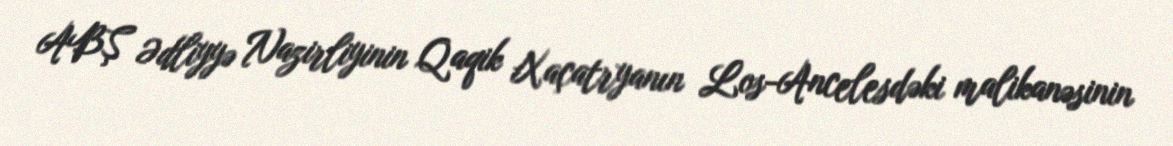
ABŞ Ədliyyə Nazirliyinin Qaqik Xaçatryanın Los-Ancelesdəki malikanəsinin